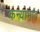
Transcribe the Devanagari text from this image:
कन्याभाव